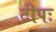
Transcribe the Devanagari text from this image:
टीपः